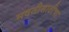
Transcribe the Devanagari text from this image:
मदतीसाठीचा